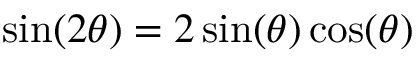
\sin ( 2 \theta ) = 2 \sin ( \theta ) \cos ( \theta )